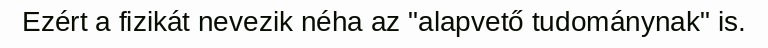
Ezért a fizikát nevezik néha az "alapvető tudománynak" is.